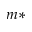
m *